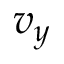
v _ { y }